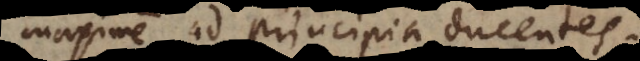
maxime ad principia ducentes;